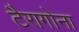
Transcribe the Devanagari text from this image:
टैरागोना